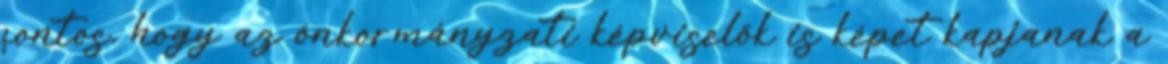
fontos, hogy az önkormányzati képviselők is képet kapjanak a